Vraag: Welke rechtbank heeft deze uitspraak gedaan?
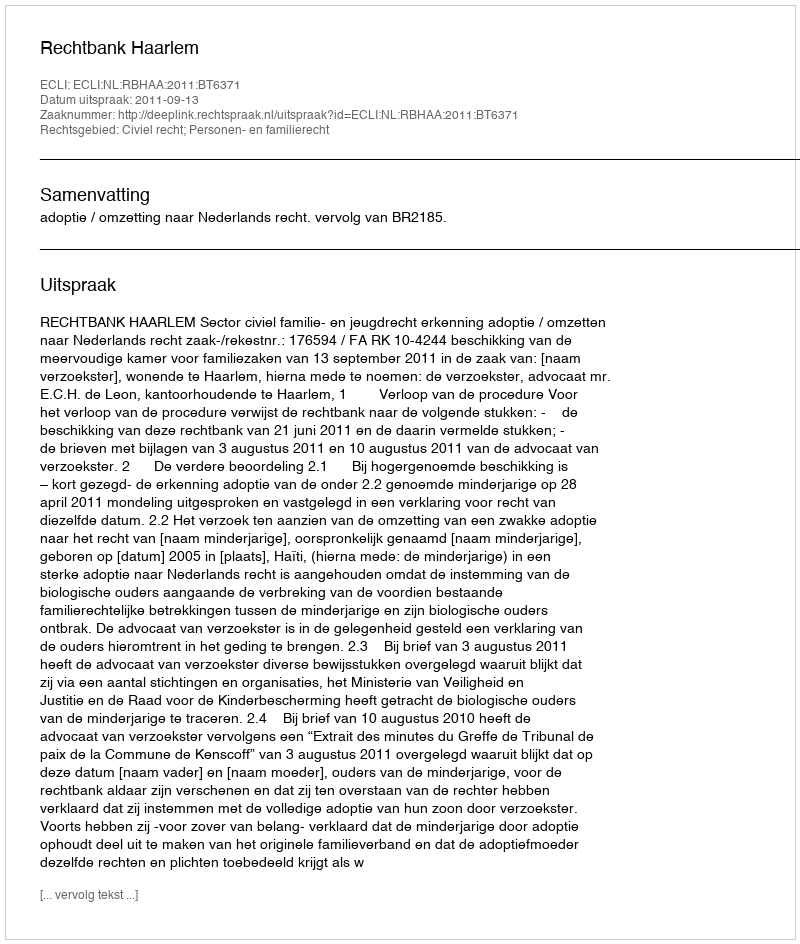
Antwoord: Rechtbank Haarlem